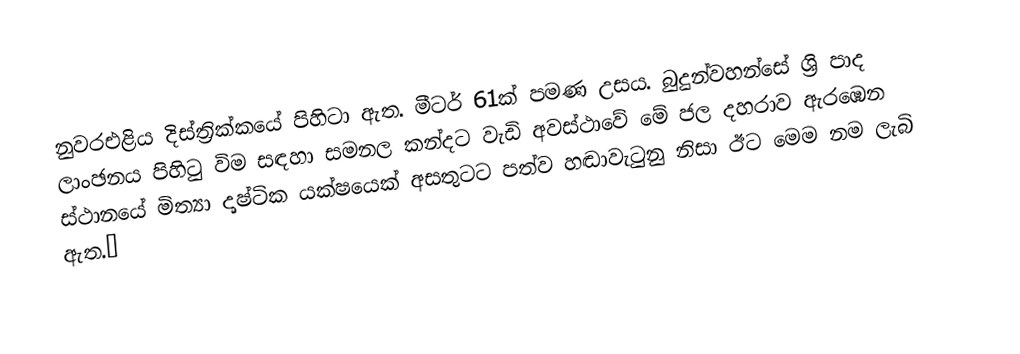
නුවරඑළිය දිස්ත්‍රික්කයේ පිහිටා ඇත. මීටර් 61ක් පමණ උසය. බුදුන්වහන්සේ ශ්‍රි පාද ලාංඡනය පිහිටු විම සඳහා සමනල කන්දට වැඩි අවස්ථාවේ මේ ජල දහරාව ඇරඹෙන ස්ථානයේ මිත්‍යා දෘෂ්ටික යක්ෂයෙක් අසතුටට පත්ව හඬාවැටුනු නිසා ඊට මෙම නම ලැබි ඇත.✡